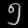
Digit: ၅